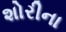
શોરીના